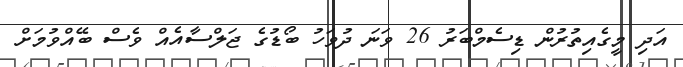
އަދި މީގެއިތުރުން ޑިސެމްބަރު 26 ވަނަ ދުވަހު ބޯޑުގެ ޖަލްސާއެއް ވެސް ބޭއްވުމަށް